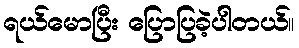
ရယ်မောပြီး ပြောပြခဲ့ပါတယ်။